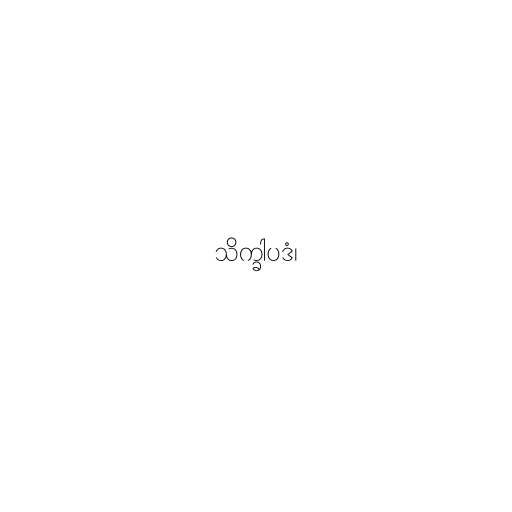
သိက္ခါပဒံ၊